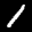
Label: 1